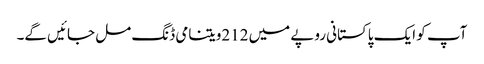
آپ کو ایک پاکستانی روپے میں 212ویتنامی ڈنگ مل جائیں گے۔